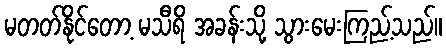
မတတ်နိုင်တော့ မသီရိ အခန်းသို့ သွားမေးကြည့်သည်။